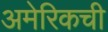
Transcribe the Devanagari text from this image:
अमेरिकची